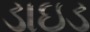
ડાઇડ